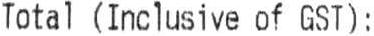
TOTAL (INCLUSIVE OF GST) :